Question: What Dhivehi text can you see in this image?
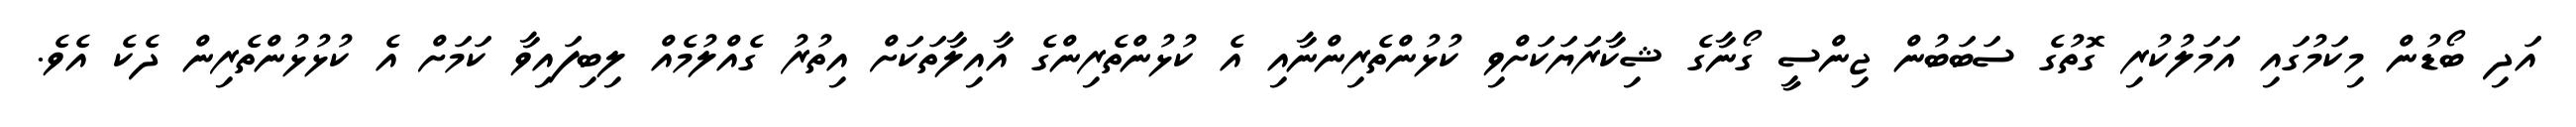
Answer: އަދި ބޯޑުން މިކަމުގައި އަމަލުކުރި ގޮތުގެ ސަބަބުން ޖިންސީ ގޯނާގެ ޝިކާރަޔަކަށްވި ކުޅުންތެރިންނާއި އެ ކުޅުންތެރިންގެ އާއިލާތަކަށް އިތުރު ގެއްލުމެއް ލިބިފައިވާ ކަމަށް އެ ކުޅުޅުންތެރިން ދެކެ އެވެ.